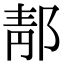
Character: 郬